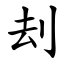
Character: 刦